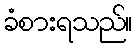
ခံစားရသည်။